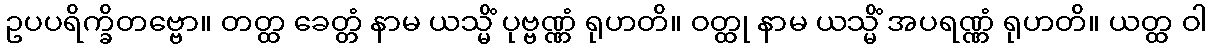
ဥပပရိက္ခိတဗ္ဗော။ တတ္ထ ခေတ္တံ နာမ ယသ္မိံ ပုဗ္ဗဏ္ဏံ ရုဟတိ။ ဝတ္ထု နာမ ယသ္မိံ အပရဏ္ဏံ ရုဟတိ။ ယတ္ထ ဝါ